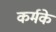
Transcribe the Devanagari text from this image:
कर्मके